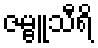
ဇမ္ဗူသီရိ